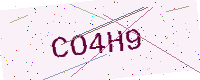
Text: CO4H9